Report of the Indian Hemp Drugs Commission, 1894-1895 - Volume IV
Year: 1894
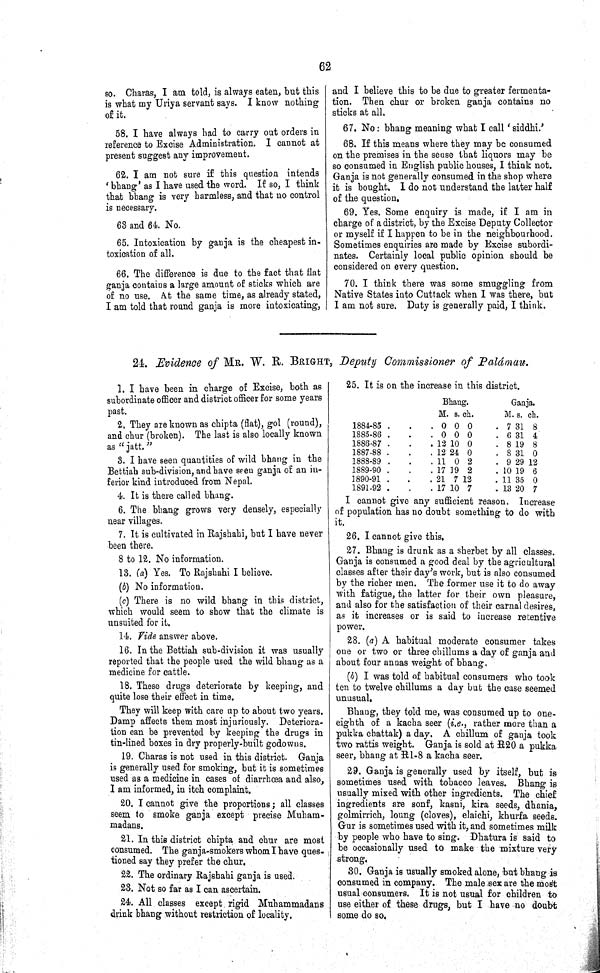
62
so. Charas, I am told, is always eaten, but this
is what my Uriya servant says. I know nothing
of it.
58. I have always had to carry out orders in
reference to Excise Administration. I cannot at
present suggest any improvement.
62. I am not sure if this question intends
'bhang' as I have used the word. If so, I think
that bhang is very harmless, and that no control
is necessary.
63 and 64. No.
65. Intoxication by ganja is the cheapest in-
toxication of all.
66. The difference is due to the fact that flat
ganja contains a large amount of sticks which are
of no use. At the same time, as already stated,
I am told that round ganja is more intoxicating,
and I believe this to be due to greater fermenta-
tion. Then chur or broken ganja contains no
sticks at all.
67. No: bhang meaning what I call 'siddhi.'
68. If this means where they may be consumed
on the premises in the sense that liquors may be
so consumed in English public houses, I think not.
Ganja is not generally consumed in the shop where
it is bought. I do not understand the latter half
of the question.
69. Yes. Some enquiry is made, if I am in
charge of a district, by the Excise Deputy Collector
or myself if I happen to be in the neighbourhood.
Sometimes enquiries are made by Excise subordi-
nates. Certainly local public opinion should be
considered on every question.
70. I think there was some smuggling from
Native States into Cuttack when I was there, but
I am not sure. Duty is generally paid, I think.
24. Evidence of MR. W. R. BRIGHT, Deputy Commissioner of Palámau.
1. I have been in charge of Excise, both as
subordinate officer and district officer for some years
past.
2. They are known as chipta (flat), gol (round),
and chur (broken). The last is also locally known
as "jatt."
3. I have seen quantities of wild bhang in the
Bettiah sub-division, and have seen ganja of an in-
ferior kind introduced from Nepal.
4. It is there called bhang.
6. The bhang grows very densely, especially
near villages.
7. It is cultivated in Rajshahi, but I have never
been there.
8 to 12. No information.
13. (a) Yes. To Rajshahi I believe.
(b) No information.
(c) There is no wild bhang in this district,
which would seem to show that the climate is
unsuited for it.
14. Vide answer above.
16. In the Bettiah sub-division it was usually
reported that the people used the wild bhang as a
medicine for cattle.
18. These drugs deteriorate by keeping, and
quite lose their effect in time.
They will keep with care up to about two years.
Damp affects them most injuriously. Deteriora-
tion can be prevented by keeping the drugs in
tin-lined boxes in dry properly-built godowns.
19. Charas is not used in this district. Ganja
is generally used for smoking, but it is sometimes
used as a medicine in cases of diarrhœa and also,
I am informed, in itch complaint.
20. I cannot give the proportions; all classes
seem to smoke ganja except precise Muham-
madans.
21. In this district chipta and chur are most
consumed. The ganja-smokers whom I have ques-
tioned say they prefer the chur.
22. The ordinary Rajshahi ganja is used.
23. Not so far as I can ascertain.
24. All classes except rigid Muhammadans
drink bhang without restriction of locality.
25. It is on the increase in this district.
Bhang.
Ganja.
M. s. ch.
M. s. ch.
1884-85
0 0 0
7 31 8
1885-86
0 0 0
6 31 4
1886-87
12 10 0
8 19 8
1887-88
12 24 0
8 31 0
1888-89
11 0 2
9 29 12
1889-90
17 19 2
10 19 6
1890-91
21 7 12
11 35 0
1891-92
17 10 7
13 20 7
I cannot give any sufficient reason. Increase
of population has no doubt something to do with
it.
26. I cannot give this.
27. Bhang is drunk as a sherbet by all classes.
Ganja is consumed a good deal by the agricultural
classes after their day's work, but is also consumed
by the richer men. The former use it to do away
with fatigue, the latter for their own pleasure,
and also for the satisfaction of their carnal desires,
as it increases or is said to increase retentive
power.
28. (a) A habitual moderate consumer takes
one or two or three chillums a day of ganja and
about four annas weight of bhang.
(b) I was told of habitual consumers who took
ten to twelve chillums a day but the case seemed
unusual.
Bhang, they told me, was consumed up to one-
eighth of a kacha seer (i.e., rather more than a
pukka chattak) a day. A chillum of ganja took
two rattis weight. Ganja is sold at R20 a pukka
seer, bhang at R1-8 a kacha seer.
29. Ganja is generally used by itself, but is
sometimes used with tobacco leaves. Bhang is
usually mixed with other ingredients. The chief
ingredients are sonf, kasni, kira seeds, dhania,
golmirrich, loung (cloves), elaichi, khurfa seeds.
Gur is sometimes used with it, and sometimes milk
by people who have to sing. Dhatura is said to
be occasionally used to make the mixture very
strong.
30. Ganja is usually smoked alone, but bhang is
consumed in company. The male sex are the most
usual consumers. It is not usual for children to
use either of these drugs, but I have no doubt
some do so.